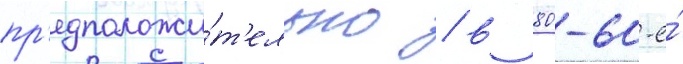
пр'едположи́т'ельно / в 80-60-е́